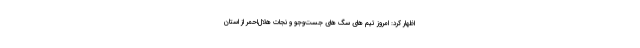
اظهار کرد: امروز تیم های سگ های جست‌وجو و نجات هلال‌احمر از استان